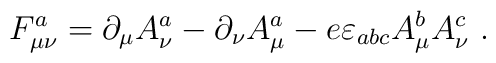
F_{\mu \nu} ^a = \partial_{\mu} A_{\nu}^a - \partial_{\nu} A_{\mu}^a                - e \varepsilon_{abc} A_{\mu}^b A_{\nu}^c \ . \